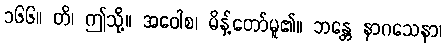
၁၆၆။ တိ၊ ဤသို့။ အဝေါစ၊ မိန့်တော်မူ၏။ ဘန္တေ နာဂသေနာ၊